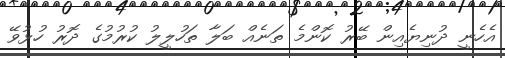
އެހެނީ ދުނިޔެއިން ބޭރު ކޮންމެ ތަނެއް ބަލާ ތަހުލީލު ކުރުމުގެ ދޮރު ހުޅުވޭ